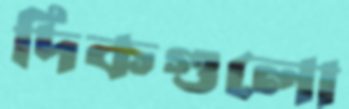
দিকগুলো